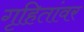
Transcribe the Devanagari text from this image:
गृहितांवर